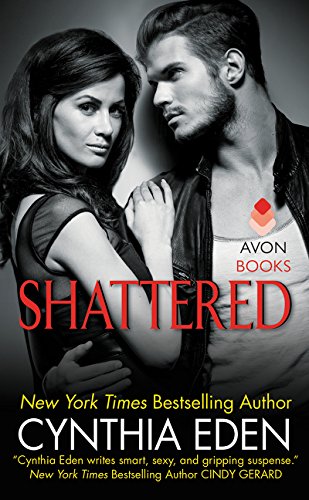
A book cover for Shattered: LOST Series #3; Cynthia Eden; Romance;